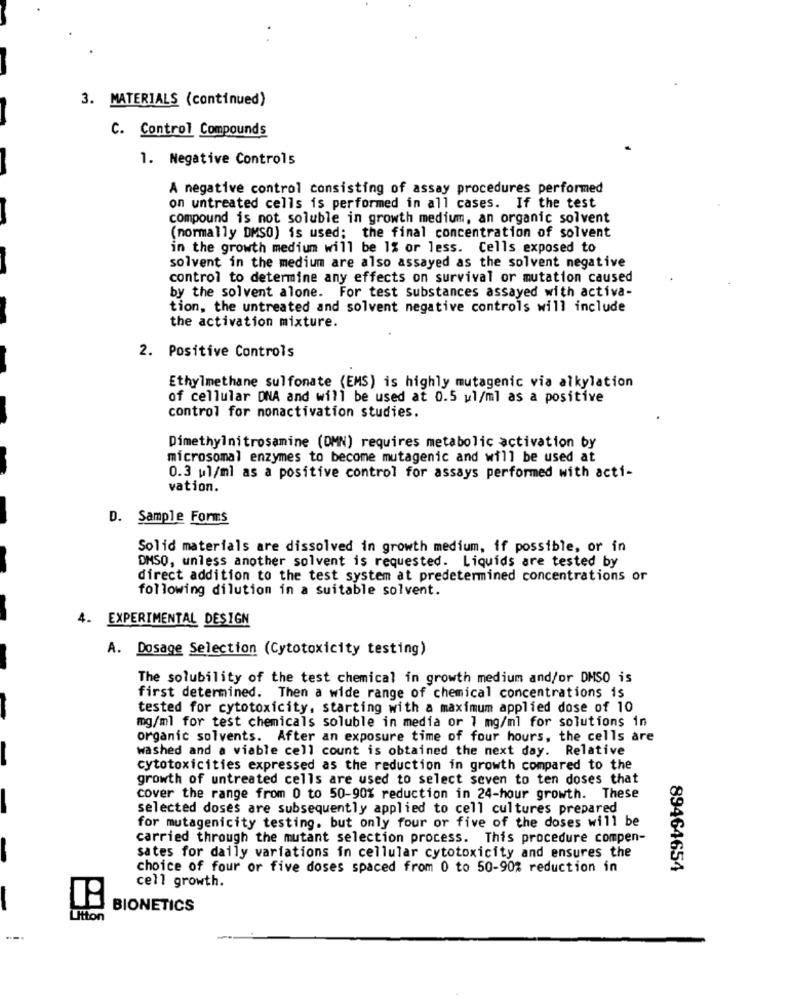
3. MATERIALS (continued)
C. Control Compounds
1. Negative Controls
A negative control consisting of assay procedures performed
on untreated cells is performed in all cases. If the test
compound is not soluble in growth medium, an organic solvent
(normally DMSO) is used; the final concentration of solvent
in the growth medium will be 1% or less. Cells exposed to
solvent in the medium are also assayed as the solvent negative
control to determine any effects on survival or mutation caused
by the solvent alone. For test substances assayed with activa-
tion, the untreated and solvent negative controls will include
the activation mixture.
2. Positive Controls
Ethylmethane sulfonate (EMS) is highly mutagenic via alkylation
of cellular DNA and will be used at 0.5 ul/ml as a positive
control for nonactivation studies.
Dimethylnitrosamine (DMN) requires metabolic activation by
microsomal enzymes to become mutagenic and will be used at
0.3 ul/ml as a positive control for assays performed with acti-
vation.
D. Sample Forms
Solid materials are dissolved in growth medium, if possible, or in
DMSO, unless another solvent is requested. Liquids are tested by
direct addition to the test system at predetermined concentrations or
following dilution in a suitable solvent.
4. EXPERIMENTAL DESIGN
A. Dosage Selection (Cytotoxicity testing)
The solubility of the test chemical in growth medium and/or DMSO is
first determined. Then a wide range of chemical concentrations is
tested for cytotoxicity, starting with a maximum applied dose of 10
mg/ml for test chemicals soluble in media or 1 mg/ml for solutions in
organic solvents. After an exposure time of four hours, the cells are
washed and a viable cell count is obtained the next day. Relative
cytotoxicities expressed as the reduction in growth compared to the
growth of untreated cells are used to select seven to ten doses that
cover the range from 0 to 50-90% reduction in 24-hour growth. These
selected doses are subsequently applied to cell cultures prepared
for mutagenicity testing, but only four or five of the doses will be
carried through the mutant selection process. This procedure compen-
sates for daily variations in cellular cytotoxicity and ensures the
choice of four or five doses spaced from 0 to 50-90% reduction in
89464654
cell growth.
BIONETICS
Utton
--